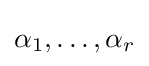
\alpha _{1},\ldots ,\alpha _{r}